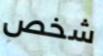
شخص